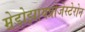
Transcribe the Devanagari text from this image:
म्रेडोझायप्रोजेस्टेरोन